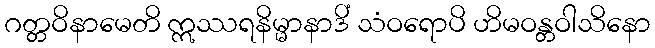
ဂတ္တဝိနာမေတိ ဣဿရနိမ္မာနာဒိံ သံဝရောပိ ဟိမဝန္တဝါသိနော